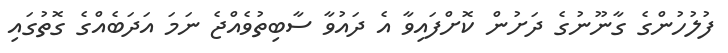
ފުލުހުންގެ ގާނޫނުގެ ދަށުން ކޮށްފައިވާ އެ ދައުވާ ސާބިތުވެއްޖެ ނަމަ އަދަބެއްގެ ގޮތުގައި